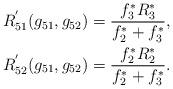
LaTeX: \begin{align*}R_{51}^{'}(g_{51},g_{52})=\frac{f_3^*R_3^*}{f_2^*+f_3^*},\\R_{52}^{'}(g_{51},g_{52})=\frac{f_2^*R_2^*}{f_2^*+f_3^*}.\end{align*}